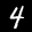
Label: 4